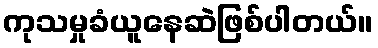
ကုသမှုခံယူနေဆဲဖြစ်ပါတယ်။